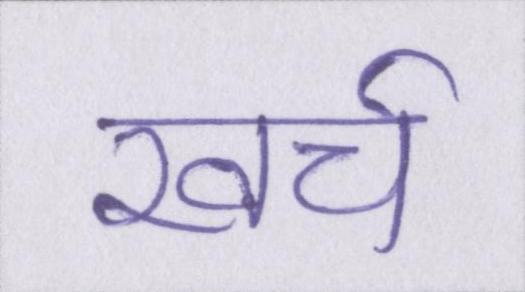
खर्च